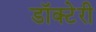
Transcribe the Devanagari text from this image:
डॉक्टेरी